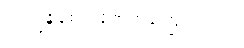
ကြည့်ရှုစောင့်ရှောက်ခဲ့ကြပါတယ်။